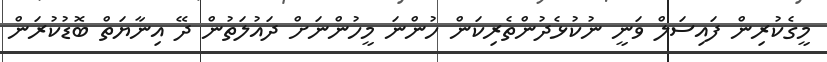
މީގެކުރިން ފައިސަލް ވަނީ ނުކުޅެދުންތެރިކަން ހުންނަ މީހުންނަށް ދައުލަތުން ދޭ އިނާޔަތް ބޮޑުކުރަން